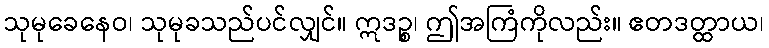
သုမုခေနေဝ၊ သုမုခသည်ပင်လျှင်။ ဣဒဉ္စ၊ ဤအကြံကိုလည်း။ ဧတဒတ္ထာယ၊